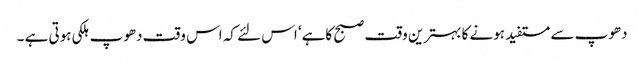
دھوپ سے مستفید ہونے کا بہترین وقت صبح کاہے‘ اس لئے کہ اس وقت دھوپ ہلکی ہوتی ہے ۔